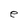
Character: e